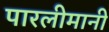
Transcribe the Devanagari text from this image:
पारलीमानी